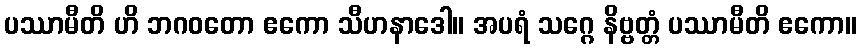
ပဿာမီတိ ဟိ ဘဂဝတော ဧကော သီဟနာဒေါ။ အပရံ သဂ္ဂေ နိဗ္ဗတ္တံ ပဿာမီတိ ဧကော။